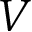
V